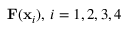
\mathbf { F } ( \mathbf { x } _ { i } ) , \, i = 1 , 2 , 3 , 4